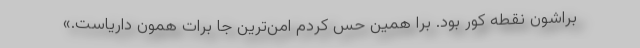
براشون نقطه کور بود. برا همین حس کردم امن‌ترین جا برات همون داریاست.»